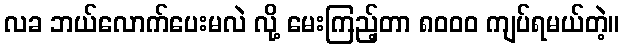
လခ ဘယ်လောက်ပေးမလဲ လို့ မေးကြည့်တာ ၈၀၀၀ ကျပ်ရမယ်တဲ့။